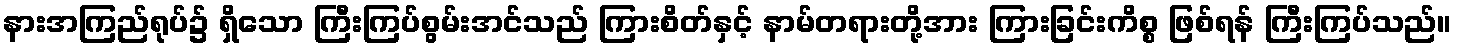
နားအကြည်ရုပ်၌ ရှိသော ကြီးကြပ်စွမ်းအင်သည် ကြားစိတ်နှင့် နာမ်တရားတို့အား ကြားခြင်းကိစ္စ ဖြစ်ရန် ကြီးကြပ်သည်။